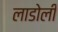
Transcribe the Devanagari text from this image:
लाडोली